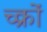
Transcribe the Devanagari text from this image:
च्क्रों